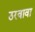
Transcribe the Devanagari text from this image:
ठरवावा